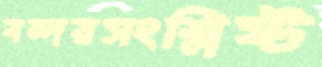
বন্দরসংশ্লিষ্ট